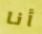
أنا